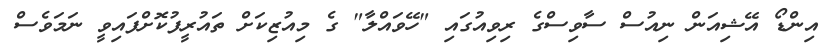
އިންޑޯ އޭޝިއަން ނިއުސް ސާވިސްގެ ރިވިއުގައި "ހޭވައްލާ" ގެ މިއުޒިކަށް ތައުރީފުކޮށްފައިވީ ނަމަވެސް